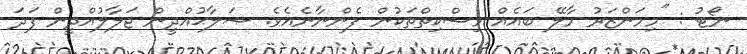
ނޯޓު : "މިމަންޒަރު މާލޭ ބައެއް މިސްކިތްތަކުން ފެންނާނެއެވެ. ޞަލާޙުއްދީން ޖަލާލުއްދީން ފަދަ